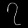
Digit: ၇